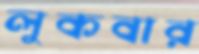
লুকবার